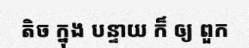
តិច ក្នុង បន្ទាយ ក៏ ឲ្យ ពួក